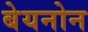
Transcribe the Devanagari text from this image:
बेयनोन